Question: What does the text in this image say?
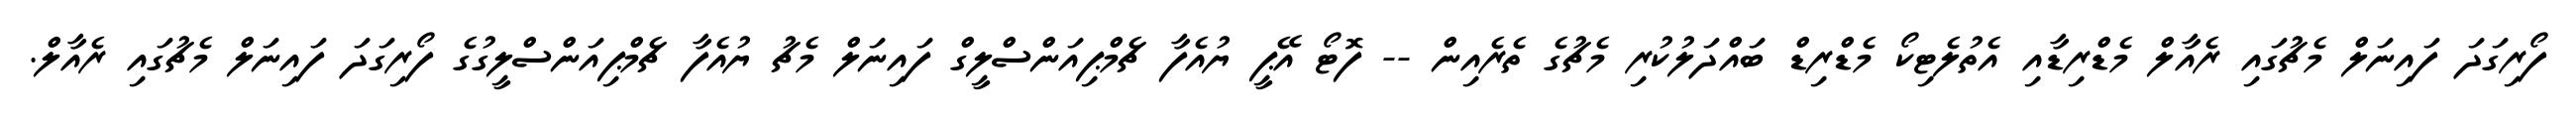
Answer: ފޯރިގަދަ ފައިނަލް މެޗުގައި ރެއާލް މެޑްރިޑާއި އެތުލެޓިކޯ މެޑްރިޑް ބައްދަލުކުރި މެޗުގެ ތެރެއިން -- ފޮޓޯ އޭޕީ ޔުއެފާ ޗެމްޕިއަންސްލީގް ފައިނަލް މެޗު ޔުއެފާ ޗެމްޕިއަންސްލީގުގެ ފޯރިގަދަ ފައިނަލް މެޗުގައި ރެއާލް.